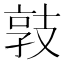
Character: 𢻓